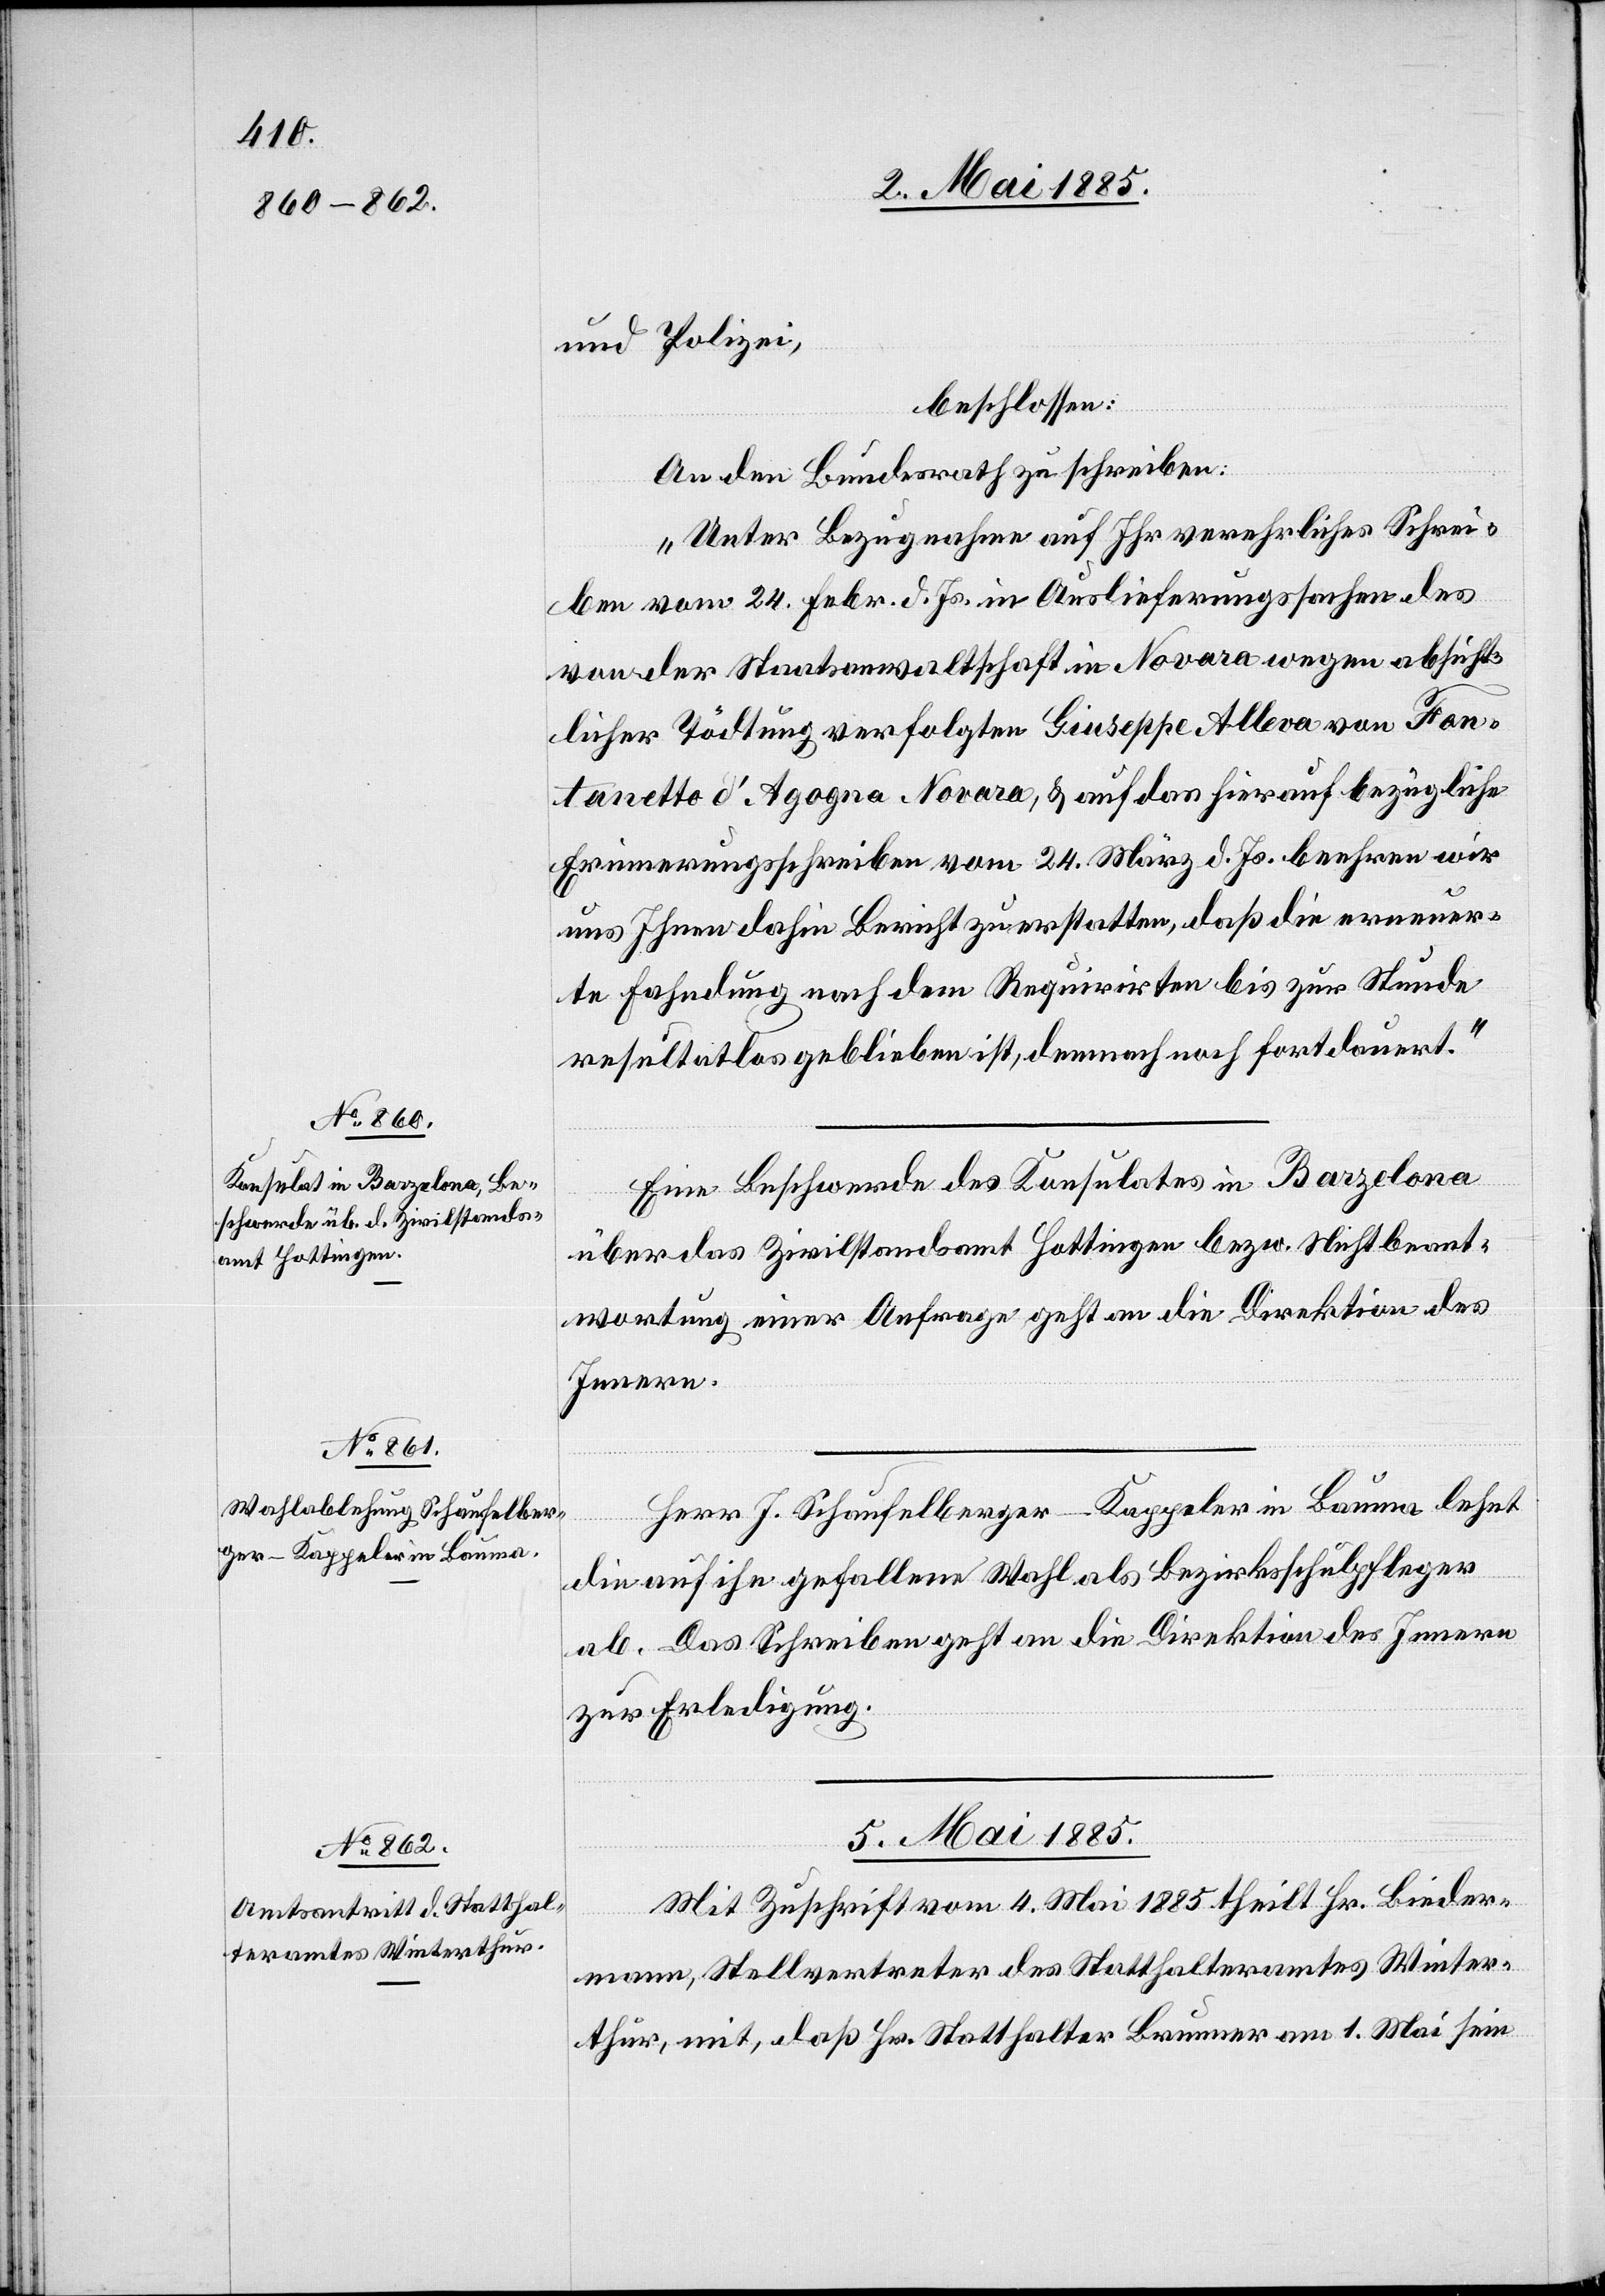
04. Mai 1885.]
und Polizei,
beschlossen:
An den Bundesrath zu schreiben:
„Unter Bezugnahme auf Ihr verehrliches Schrei¬
ben vom 24. Febr. d. Js. in Auslieferungssachen des
von der Staatsanwaltschaft in Novara wegen absicht¬
licher Tötdung verfolgten Giuseppe [sic!] Alleva von Fan¬
tanetto d’Agogna Novara, & auf das hierauf bezügliche
Erinnerungsschreiben vom 24. März d. Js. beehren wir
uns Ihnen dahin Bericht zu erstatten, daß die erneuer¬
te Fahndung nach dem Requirirten bis zur Stunde
resultatlos geblieben ist, demnach noch fort dauert.“
Eine Beschwerde des Konsulates in Barzelona
über das Zivilstandsamt Hottingen bezw. Nichtbeant¬
wortung einer Anfrage geht an die Direktion des
Innern.
Herr J. Schaufelberger-Kappeler in Bauma lehnt
die auf ihn gefallene Wahl als Bezirksschulpfleger
ab. Das Schreiben geht an die Direktion des Innern
zur Erledigung.
05. Mai 1885.
Mit Zuschrift vom 4. Mai 1885 theilt Hr. Bieder¬
mann, Stellvertreter des Statthalteramtes Winter¬
thur, mit, daß Hr. Statthalter Brunner am 1. Mai sein